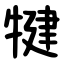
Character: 犍